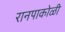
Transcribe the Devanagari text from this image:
रानपाकोळी